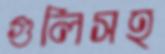
গুলিসহ